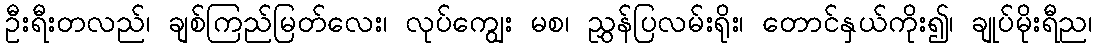
ဦးရီးတလည်၊ ချစ်ကြည်မြတ်လေး၊ လုပ်ကျွေး မစ၊ ညွှန်ပြလမ်းရိုး၊ တောင်နှယ်ကိုး၍၊ ချုပ်မိုးရီည၊